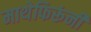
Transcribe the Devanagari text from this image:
माथेफिरूंनी